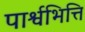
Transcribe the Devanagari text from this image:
पार्श्वभित्ति